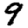
Digit: 9